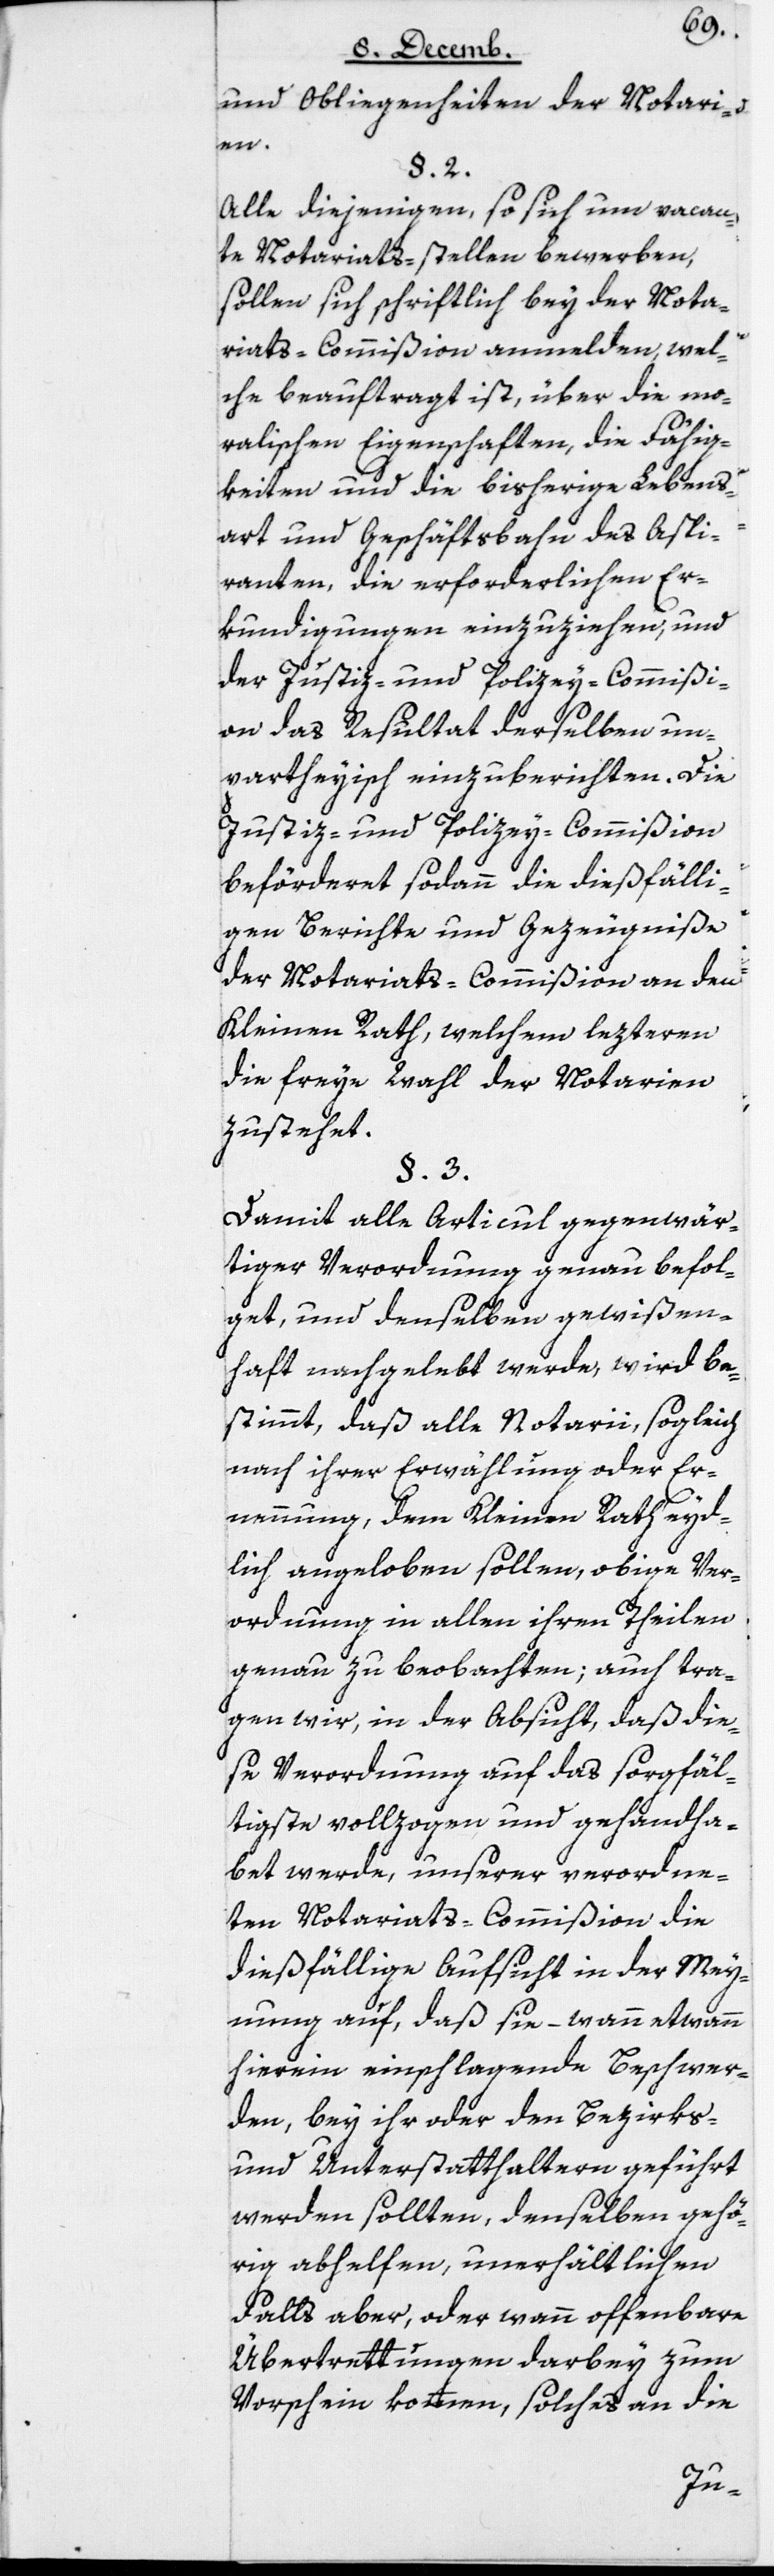
und Obliegenheiten der Notari¬
en.
§ 2.
Alle diejenigen, so sich um vacan¬
te Notariats-stellen bewerben,
sollen sich schriftlich bey der Nota¬
riats-Commißion anmelden, wel¬
che beauftragt ist, über die mo¬
ralischen Eigenschaften, die Fähig¬
keiten und die bisherige Lebens¬
art und Geschäftsbahn des Aspi¬
ranten die erforderlichen Er¬
kundigungen einzuziehen, und
der Justiz- und Polizey-Commißi¬
on das Resultat derselben un¬
partheyisch einzuberichten. Die
Justiz- und Polizey-Commißion
befördert sodann die dießfälli¬
gen Berichte und Gezeugniße
der Notariats-Commißion an den
Kleinen Rath, welchem lezteren
die freye Wahl der Notarien
zustehet.
§ 3.
Damit alle Articul gegenwär¬
tiger Verordnung genau befol¬
get, und denselben gewißen¬
haft nachgelebt werde, wird be¬
stimmt, daß alle Notarii, sogleich
nach ihrer Erwählung oder Er¬
nennung, dem Kleinen Rath eyd¬
lich angeloben sollen, obige Ver¬
ordnung in allen ihren Theilen
genau zu beobachten; auch tra¬
gen wir, in der Absicht, daß die¬
se Verordnung auf das sorgfäl¬
tigste vollzogen und gehandha¬
bt werde, unserer verordne¬
nden Notariats-Commißion die
dießfällige Aufsicht in der Mey¬
nung auf, daß sie – wann etwann
hierin einschlagende Beschwer¬
den, bey ihr oder den Bezirks-
und Unterstatthaltern geführt
werden sollten, denselben gehö¬
rig abhelfen, unerhältlichen
Falls aber, oder wenn offenbar
Übertrettungen darbey zum
Vorschein kommen, solches an die